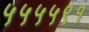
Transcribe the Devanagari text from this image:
५५५५९१